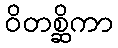
ဝိတစ္ဆိကာ